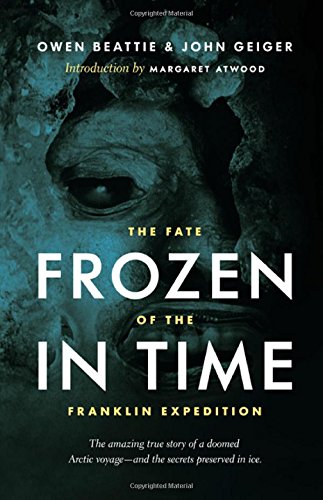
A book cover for Frozen in Time: The Fate of the Franklin Expedition; Owen Beattie; History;